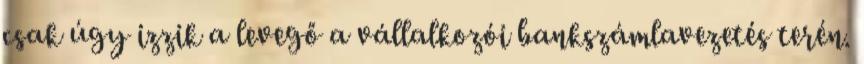
csak úgy izzik a levegő a vállalkozói bankszámlavezetés terén.